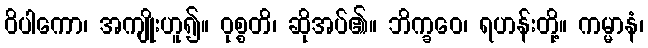
ဝိပါကော၊ အကျိုးဟူ၍။ ဝုစ္စတိ၊ ဆိုအပ်၏။ ဘိက္ခဝေ၊ ရဟန်းတို့။ ကမ္မာနံ၊